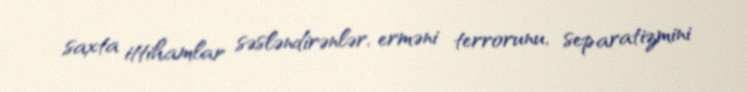
saxta ittihamlar səsləndirənlər, erməni terrorunu, separatizmini